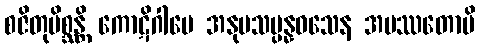
စဇိတုမိစ္ဆန္တိ ကောဋိဂါမေ အနုပသမ္ပန္နဝသေန အပဿတောပိ